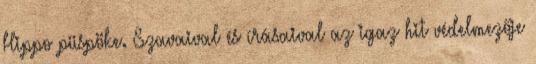
Hippo püspöke. Szavaival és írásaival az igaz hit védelmezője